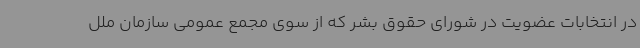
در انتخابات عضویت در شورای حقوق بشر که از سوی مجمع عمومی سازمان ملل